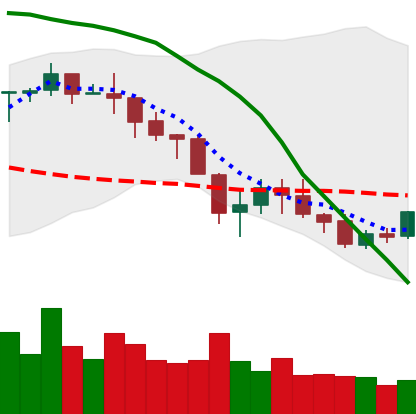
Ticker: NEO-USD
Chart end date: 2018-05-20
Forward return: -16.494%
Label: down_7plus